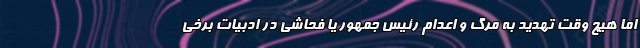
اما هیچ وقت تهدید به مرگ و اعدام رئیس جمهور یا فحاشی در ادبیات برخی